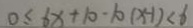
0 \leq 6 x + 1 0 \cdot 1 0 ( x - 1 ) < 6